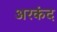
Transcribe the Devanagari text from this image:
अरकंद